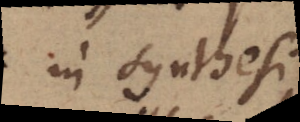
in synthesi